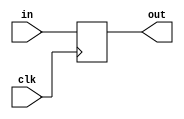
module shift_delay (
	input wire clk,
	input wire in,
	output wire out
	);
	parameter CYCLES = 1;
	parameter DEFAULT = 1'b0;

	generate
		if (CYCLES > 0) begin

			reg [CYCLES - 1:0] buffer = {CYCLES{DEFAULT}};

			assign out = buffer[CYCLES - 1];

			always @(posedge clk) begin
				buffer = {buffer[CYCLES - 2:0], in};
			end

		end else begin
			assign out = in;
		end
	endgenerate
endmodule